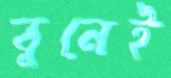
বুনেই